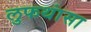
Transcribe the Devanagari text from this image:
लुफथांसा